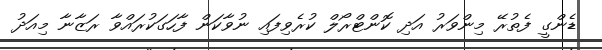
ޑެންގީ ފެތުރޭ މިންވަރު އަދި ކޮންޓްރޯލް ކުރެވިފައި ނުވާކަން ފާހަގަކުރައްވާ ރަޒާނާ މިއަދު